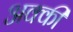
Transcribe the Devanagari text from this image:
अक्की